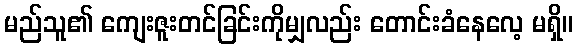
မည်သူ၏ ကျေးဇူးတင်ခြင်းကိုမျှလည်း တောင်းခံနေလေ့ မရှိ။